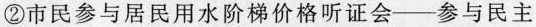
②市民参与居民用水阶梯价格听证会——参与民主